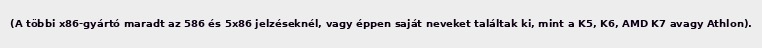
(A többi x86-gyártó maradt az 586 és 5x86 jelzéseknél, vagy éppen saját neveket találtak ki, mint a K5, K6, AMD K7 avagy Athlon).